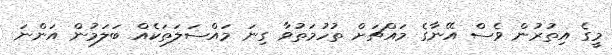
މީގެ އިތުރުން ވެސް އޭނާގެ މައްޗަށް ތުހުމަތުވާ ގިނަ މައްސަލަތަކެއް ބަލަމުން އަންނަ